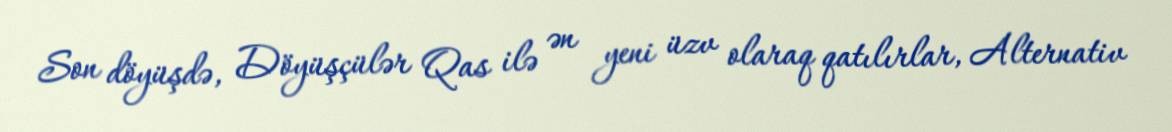
Son döyüşdə, Döyüşçülər Qas ilə ən yeni üzv olaraq qatılırlar, Alternativ